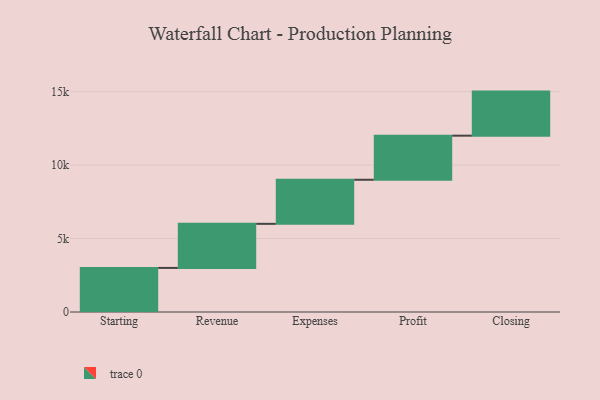
{"axis": {"x": "Step", "y": "Value"}, "legend": [""], "data": [{"x": "Starting", "y": 3000, "type": ""}, {"x": "Revenue", "y": 3000, "type": ""}, {"x": "Expenses", "y": 3000, "type": ""}, {"x": "Profit", "y": 3000, "type": ""}, {"x": "Closing", "y": 3000, "type": ""}]}